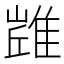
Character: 𨿻